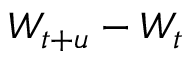
W _ { t + u } - W _ { t }